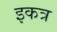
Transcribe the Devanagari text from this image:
इकत्र